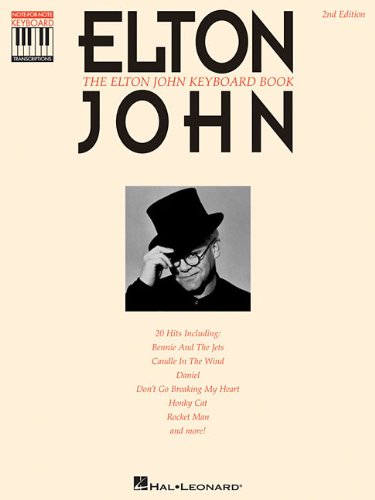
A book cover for The Elton John Keyboard Book; Elton John; Arts & Photography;